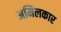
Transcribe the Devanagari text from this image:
अमिलकार